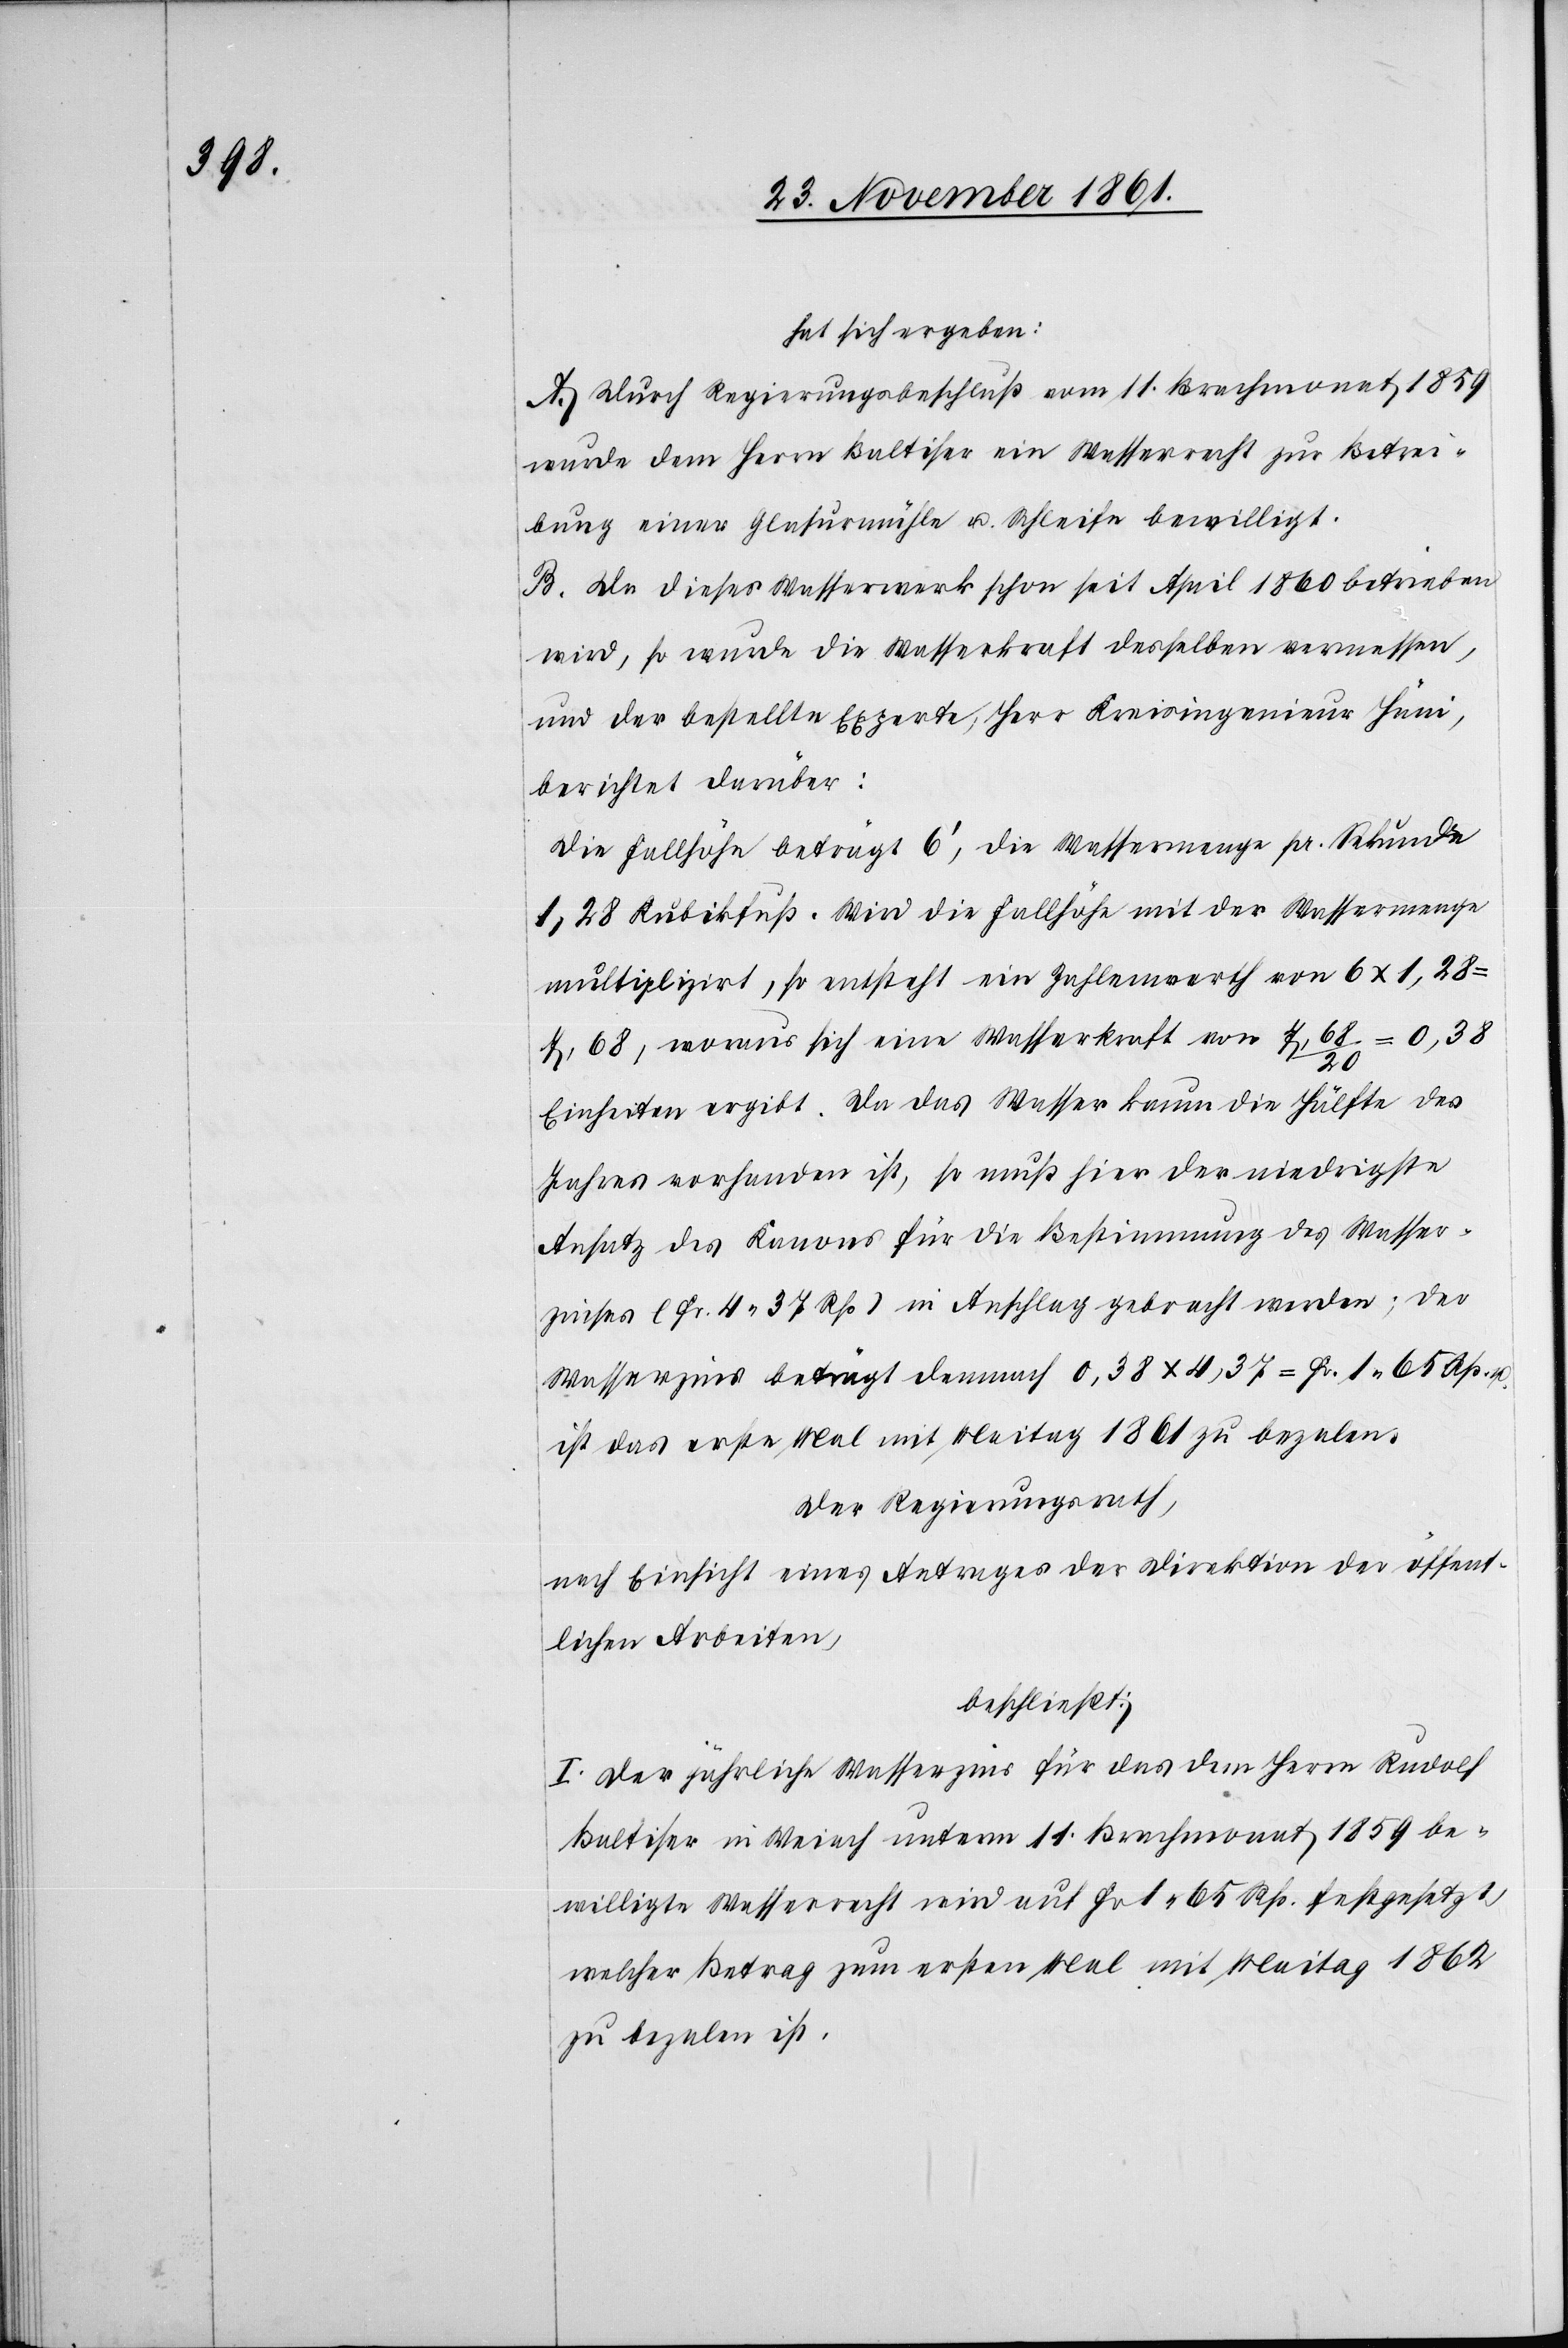
hat sich ergeben:
A. Durch Regierungsbeschluß vom 11 Brachmonat 1859
wurde dem Herrn Baltiser ein Wasserrecht zur Betrei¬
bung einer Glasurmühle u. Schleife bewilligt.
B. Da dieses Wasserwerk schon seit April 1860 betrieben
wird, so wurde die Wasserkraft desselben vermessen,
und der bestellte Experte, Herr Kreisingenieur Hüni,
berichtet darüber:
Die Fallhöhe beträgt 6’, die Wassermenge pr. Sekunde
1,28 Kubikfuß. Wird die Fallhöhe mit der Wassermenge
multipliziert, so entsteht ein Zahlenwerth von 6 x 1,28
7,68, woraus sich eine Wasserkraft von 7,68 / 20
Einheiten ergibt. Da das Wasser kaum die Hälfte des
Jahres vorhanden ist, so muß hier der niedrigste
Ansatz des Kanons für die Bestimmung des Wasser¬
zinses (Fr. 4. 37 Rp.) in Anschlag gebracht werden; der
Wasserzins beträgt demnach 0,38 x 4,37 = Fr. 1. 65 Rp. u.
ist das erste Mal mit Maitag 1861 zu bezalen.
Der Regierungsrath,
nach Einsicht eines Antrages der Direktion der öffent¬
lichen Arbeiten,
beschließt:
I. Der jährliche Wasserzins für das dem Herrn Rudolf
Baltiser in Weiach unterm 14 Brachmonat 1859 be¬
willigte Wasserrecht wird auf Fr. 1. 65 Rp. festgesetzt
welcher Betrag zum ersten Mal mit Maitag 1862
zu bezalen ist.